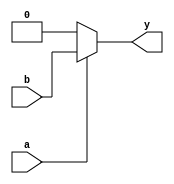
`timescale 1ns / 1ps
module opt_check1 (input a , input b , output y);
	assign y = a?b:0;
endmodule